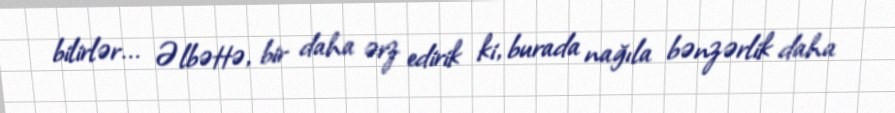
bilirlər... Əlbəttə, bir daha ərz edirik ki, burada nağıla bənzərlik daha